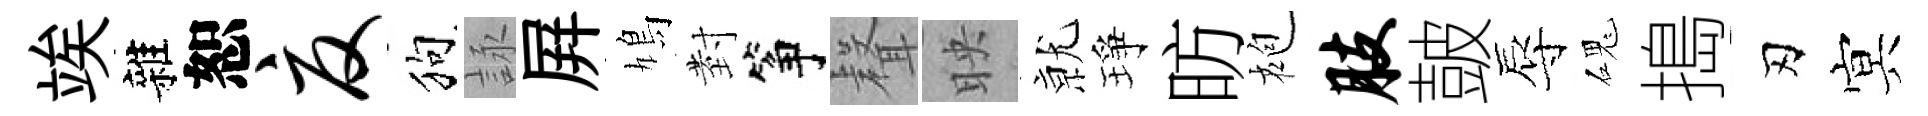
竢雜恕夏狗詠屛鳩𭔹筝𮋻映𭕒琤昉袍肢皷辱磈搗刃㝠